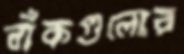
বাঁকগুলোর